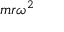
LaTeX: m r \omega ^ { 2 }